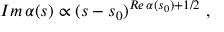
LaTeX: { \cal I } m \, \alpha ( s ) \propto ( s - s _ { 0 } ) ^ { { \cal R } e \, \alpha ( s _ { 0 } ) + 1 / 2 } \ ,